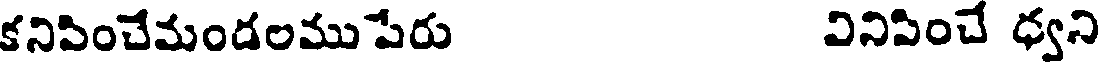
కనిపించేమండలముపేరు వినిపించే ధ్వని